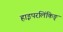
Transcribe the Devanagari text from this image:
हाइपरलिंकिङ्